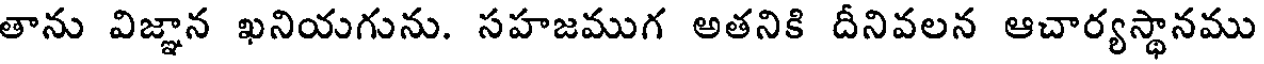
తాను విజ్ఞాన ఖనియగును. సహజముగ అతనికి దీనివలన ఆచార్యస్థానము